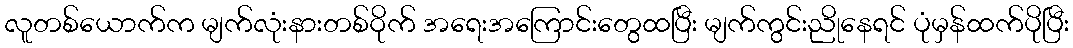
လူတစ်ယောက်က မျက်လုံးနားတစ်ဝိုက် အရေးအကြောင်းတွေထပြီး မျက်ကွင်းညိုနေရင် ပုံမှန်ထက်ပိုပြီး